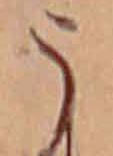
う